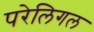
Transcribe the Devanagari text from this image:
परेलिगल